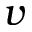
v